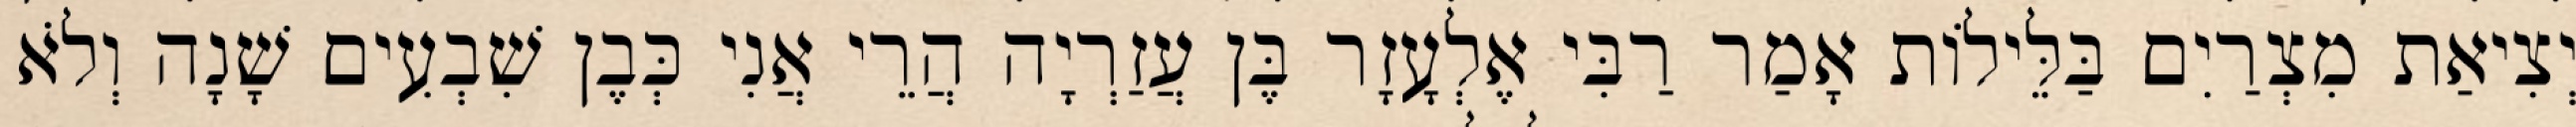
יְצִיאַת מִצְרַיִם בַּלֵּילוֹת אָמַר רַבִּי אֶלְעָזָר בֶּן עֲזַרְיָה הֲרֵי אֲנִי כְּבֶן שִׁבְעִים שָׁנָה וְלֹא